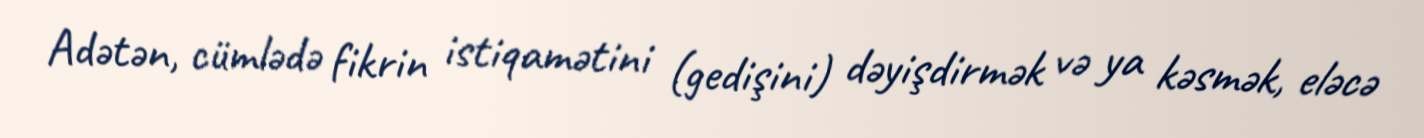
Adətən, cümlədə fikrin istiqamətini (gedişini) dəyişdirmək və ya kəsmək, eləcə